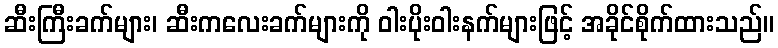
ဆီးကြီးခက်များ၊ ဆီးကလေးခက်များကို ဝါးပိုးဝါးနက်များဖြင့် အခိုင်စိုက်ထားသည်။